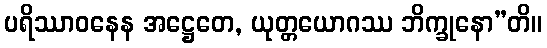
ပရိဿာဝနေန အဋ္ဌေတေ, ယုတ္တယောဂဿ ဘိက္ခုနော”တိ။